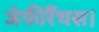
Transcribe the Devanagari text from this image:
जेफीरैंथस।